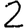
Digit: 2